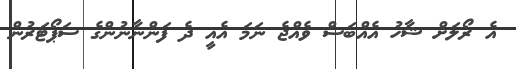
އެ ރޯލަށް ޝާހު އެއްބަސް ވެއްޖެ ނަމަ އެއީ ދެ ފަންނާނުންގެ ސަޕޯޓަރުން